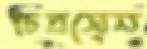
চিত্রসেন